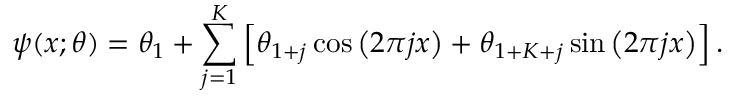
\psi ( x ; \theta ) = \theta _ { 1 } + \sum _ { j = 1 } ^ { K } \left[ \theta _ { 1 + j } \cos \left( 2 \pi j x \right) + \theta _ { 1 + K + j } \sin \left( 2 \pi j x \right) \right] .